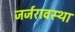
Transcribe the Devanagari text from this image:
जर्जरावस्था